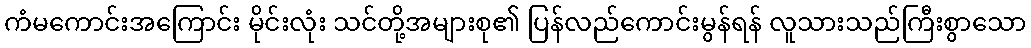
ကံမကောင်းအကြောင်း မိုင်းလုံး သင်တို့အများစု၏ ပြန်လည်ကောင်းမွန်ရန် လူသားသည်ကြီးစွာသော